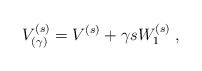
\begin{align*}V^{(s)}_{(\gamma)} = V^{(s)} + \gamma s W^{(s)}_1\;, \end{align*}